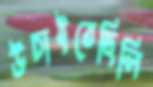
উচাইতেছিলি